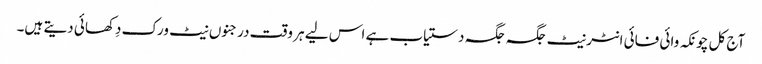
آج کل چونکہ وائی فائی انٹرنیٹ جگہ جگہ دستیاب ہے اس لیے ہر وقت درجنوں نیٹ ورک دِکھائی دیتے ہیں۔